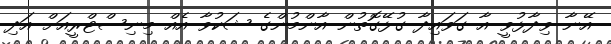
އޭނާ ވިދާޅުވީ އާ ގަވައިދާ ގުޅޭގޮތުން އާންމުންގެ ޝަކުވާ އެއް މިނިސްޓްރީއަށް އަދި